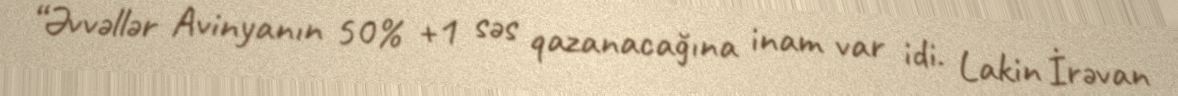
“Əvvəllər Avinyanın 50% +1 səs qazanacağına inam var idi. Lakin İrəvan